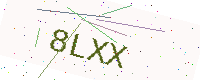
Text: 8LXX